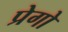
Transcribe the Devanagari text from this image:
प्रेगो